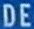
DE